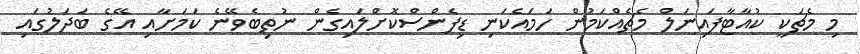
މި މެޗަކީ ކުއާޓާފައިނަލް މެޗެއްކަމުން ހަމައެކަނި ޑިފެންސްކޮށްލައިގެން ނުތިބެވޭނެ ކަމަށާއި އޭގެ ބަދަލުގައި